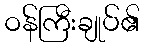
ဝန်ကြီးချုပ်၏